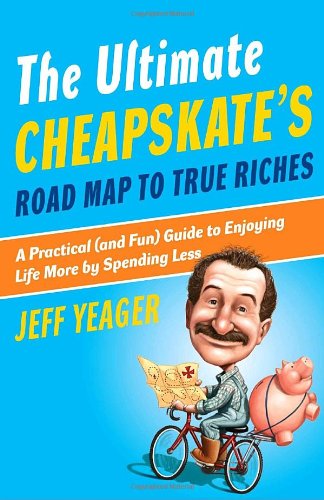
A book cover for The Ultimate Cheapskate's Road Map to True Riches: A Practical (and Fun) Guide to Enjoying Life More by Spending Less; Jeff Yeager; Humor & Entertainment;